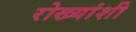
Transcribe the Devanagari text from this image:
रोख्यांशी